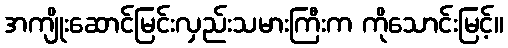
အကျိုးဆောင်မြင်းလှည်းသမားကြီးက ကိုသောင်းမြင့်။